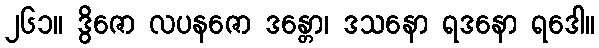
၂၆၁။ ဒွိဇော လပနဇော ဒန္တော၊ ဒသနော ရဒနော ရဒေါ။